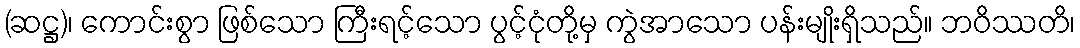
(ဆဋ္ဌ)၊ ကောင်းစွာ ဖြစ်သော ကြီးရင့်သော ပွင့်ငုံတို့မှ ကွဲအာသော ပန်းမျိုးရှိသည်။ ဘဝိဿတိ၊